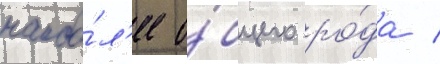
наибо́л'ее о́бщего ро́да /